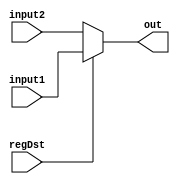
`timescale 1ns / 1ps
//////////////////////////////////////////////////////////////////////////////////
// Company: 
// Engineer: 
// 
// Design Name: 
// Module Name: reg_mux
// Project Name: 
// Target Devices: 
// Tool Versions: 
// Description: 
// 
// Dependencies: 
// 
// Revision:
// Revision 0.01 - File Created
// Additional Comments:
// 
//////////////////////////////////////////////////////////////////////////////////


module reg_mux(
    input regDst,
    input [4:0] input1,
    input [4:0] input2,
    output reg [4:0] out
    );
    initial out=0;
    
    always @ (regDst or input1 or input2)
    begin
        out=regDst?input1:input2;
    end
    
endmodule